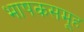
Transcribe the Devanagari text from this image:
भाषकसमूह